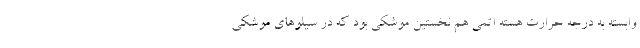
وابسته به درجه حرارت هسته اتمی هم نخستین موشکی بود که در سیلوهای موشکی